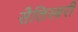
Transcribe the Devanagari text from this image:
सैलिस्बरी